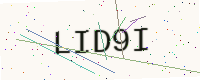
Text: LID9I